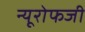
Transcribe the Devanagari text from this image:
न्यूरोफजी